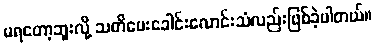
မရတော့ဘူးလို့ သတိပေးခေါင်းလောင်းသံလည်းဖြစ်ခဲ့ပါတယ်။